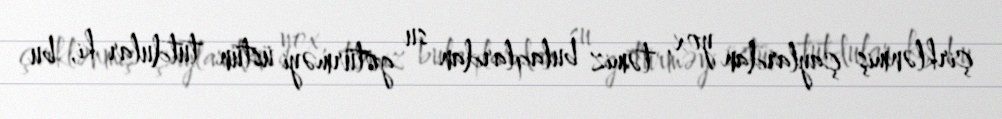
çirklənmiş çaylardan yox, təmiz bulaqlardan su götürməyi üstün tutdular ki, bu